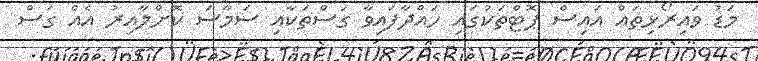
މަޑު ވައިރޯޅިތައް އައިސް ޕޮޓްތަކުގައި ހައްދާފައިވާ ގަސްތަކާއި ސަމާސަ ކޮށްލާއިރު އެއް ގަސް